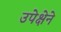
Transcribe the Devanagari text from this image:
उपेक्षेने